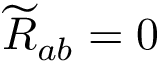
{ \widetilde { R } } _ { a b } = 0